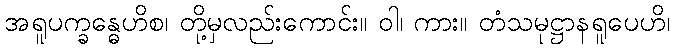
အရူပက္ခန္ဓေဟိစ၊ တို့မှလည်းကောင်း။ ဝါ၊ ကား။ တံသမုဋ္ဌာနရူပေဟိ၊